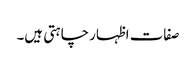
صفات اظہار چاہتی ہیں۔